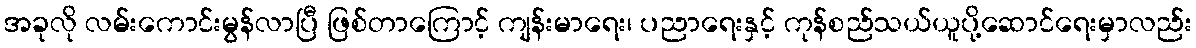
အခုလို လမ်းကောင်းမွန်လာပြီ ဖြစ်တာကြောင့် ကျန်းမာရေး၊ ပညာရေးနှင့် ကုန်စည်သယ်ယူပို့ဆောင်ရေးမှာလည်း